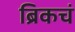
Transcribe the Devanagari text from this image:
ब्रिकचं